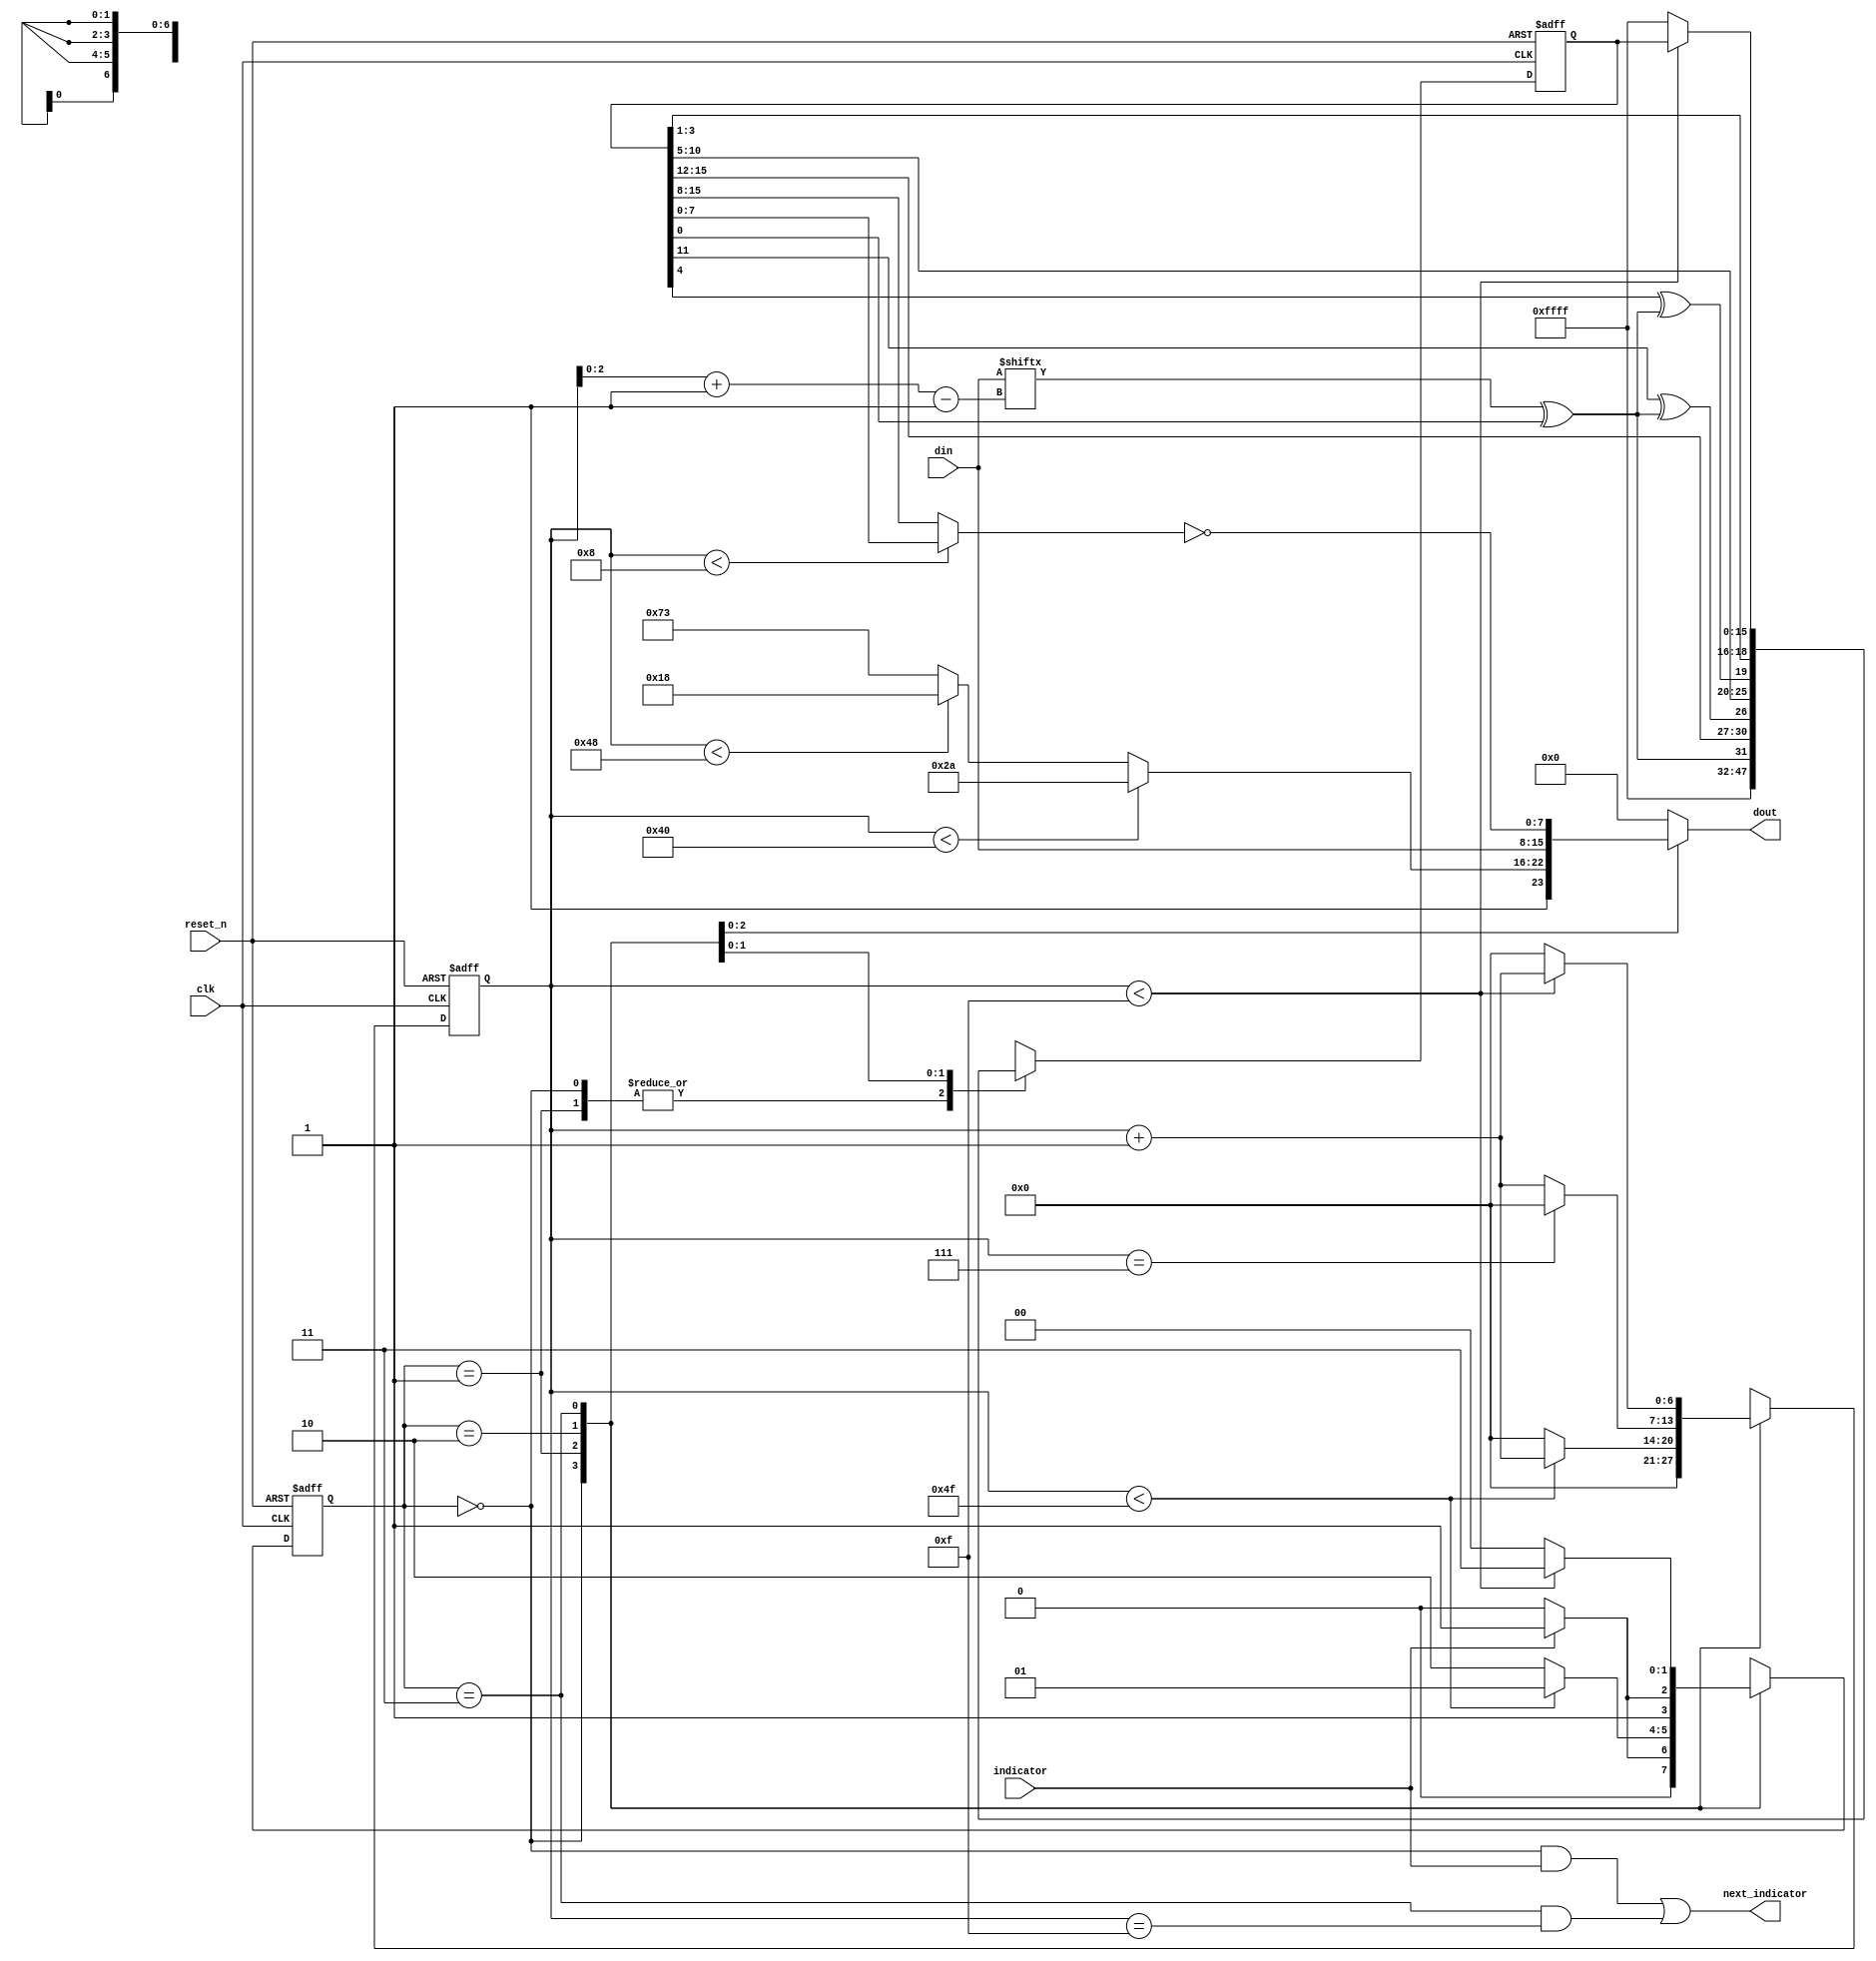
module framing_crc(
    output reg [7:0] dout,
    output next_indicator,
    input [7:0] din,
    input indicator,
    input clk,
    input reset_n
);

localparam CRC_INIT = 16'hffff;

localparam WAITING = 0,
           SHR = 1,
           PHR_PSDU = 2,
           FCS = 3;

reg [1:0] state, next_state;
reg [6:0] count, next_count;

reg [15:0] crc, next_crc;
wire crc_in = din[(count[2:0])-:1] ^ crc[0];

always @(*) begin
    case (state)
        WAITING: begin
            if (indicator)
                next_state = SHR;
            else
                next_state = WAITING;
            next_count = 0;
            next_crc = CRC_INIT;
        end

        SHR: begin
            if (count < 79) begin
                next_state = SHR;
                next_count = count + 1;
            end else begin
                next_state = PHR_PSDU;
                next_count = 0;
            end
            next_crc = CRC_INIT;
        end

        PHR_PSDU: begin
            next_state = (indicator ? FCS : PHR_PSDU);
            next_count = (count == 7 ? 0 : count + 1);
            next_crc = {crc_in,
                        crc[15:12],
                        crc[11] ^ crc_in,
                        crc[10:5],
                        crc[4] ^ crc_in,
                        crc[3:1]};
        end

        FCS: begin
            if (count < 15) begin
                next_state = FCS;
                next_count = count + 1;
                next_crc = crc;
            end else begin
                next_state = WAITING;
                next_count = 0;
                next_crc = CRC_INIT;
            end
        end

        default: begin
            next_state = WAITING;
            next_count = 0;
            next_crc = CRC_INIT;
        end
    endcase
end

// Update states.
always @(posedge clk or negedge reset_n) begin
    if (~reset_n) begin
        state <= WAITING;
        count <= 0;
        crc <= CRC_INIT;
    end else begin
        state <= next_state;
        count <= next_count;
        crc <= next_crc;
    end
end

always @(*) begin
    case (state)
        SHR:
            if (count < 64)
                dout = 8'haa;
            else if (count < 72)
                dout = 8'h98;
            else
                dout = 8'hf3;
        
        PHR_PSDU:
            dout = din;

        FCS:
            dout = ~(count < 8 ? crc[7:0] : crc[15:8]);

        default:
            dout = 0;
    endcase
end

assign next_indicator = (state == WAITING && indicator ||
                         state == FCS && count == 15);

endmodule